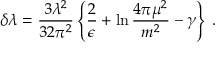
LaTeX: \delta \lambda = \frac { 3 \lambda ^ { 2 } } { 3 2 \pi ^ { 2 } } \left\{ \frac { 2 } { \epsilon } + \ln { \frac { 4 \pi \mu ^ { 2 } } { m ^ { 2 } } } - \gamma \right\} \; .